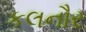
કલનૌર